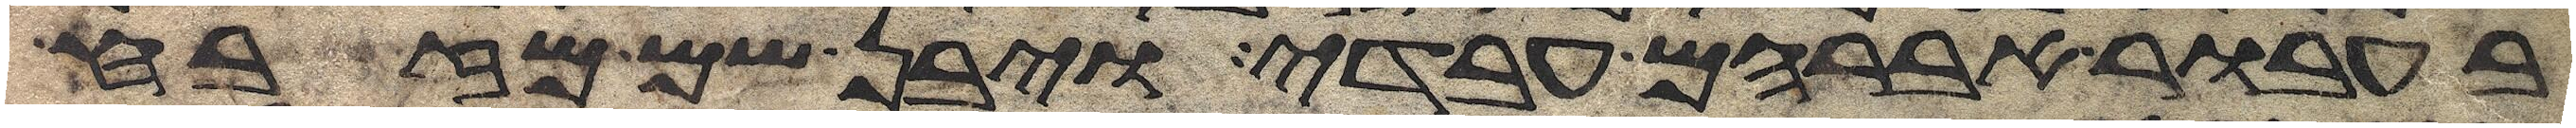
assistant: בעבור אברהם עבדי ויבן שם מזבח